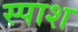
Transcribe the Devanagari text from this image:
स्पाश